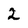
Character: 2